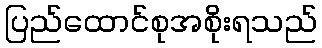
ပြည်ထောင်စုအစိုးရသည်